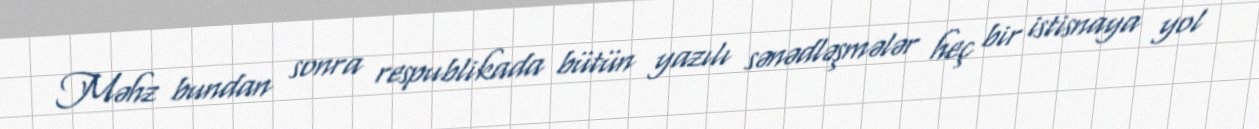
Məhz bundan sonra respublikada bütün yazılı sənədləşmələr heç bir istisnaya yol